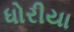
ધોરીયા